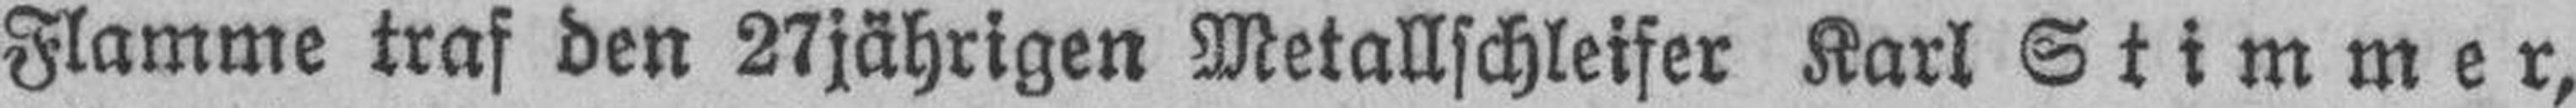
Flamme traf den 27jährigen Metallschleifer Karl Stimmer,